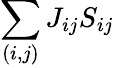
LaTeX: \sum_{(i,j)}J_{ij}S_{ij}